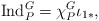
\begin{align*} \operatorname{Ind}_{P}^G= \chi_P^G\iota_{1*},\end{align*}